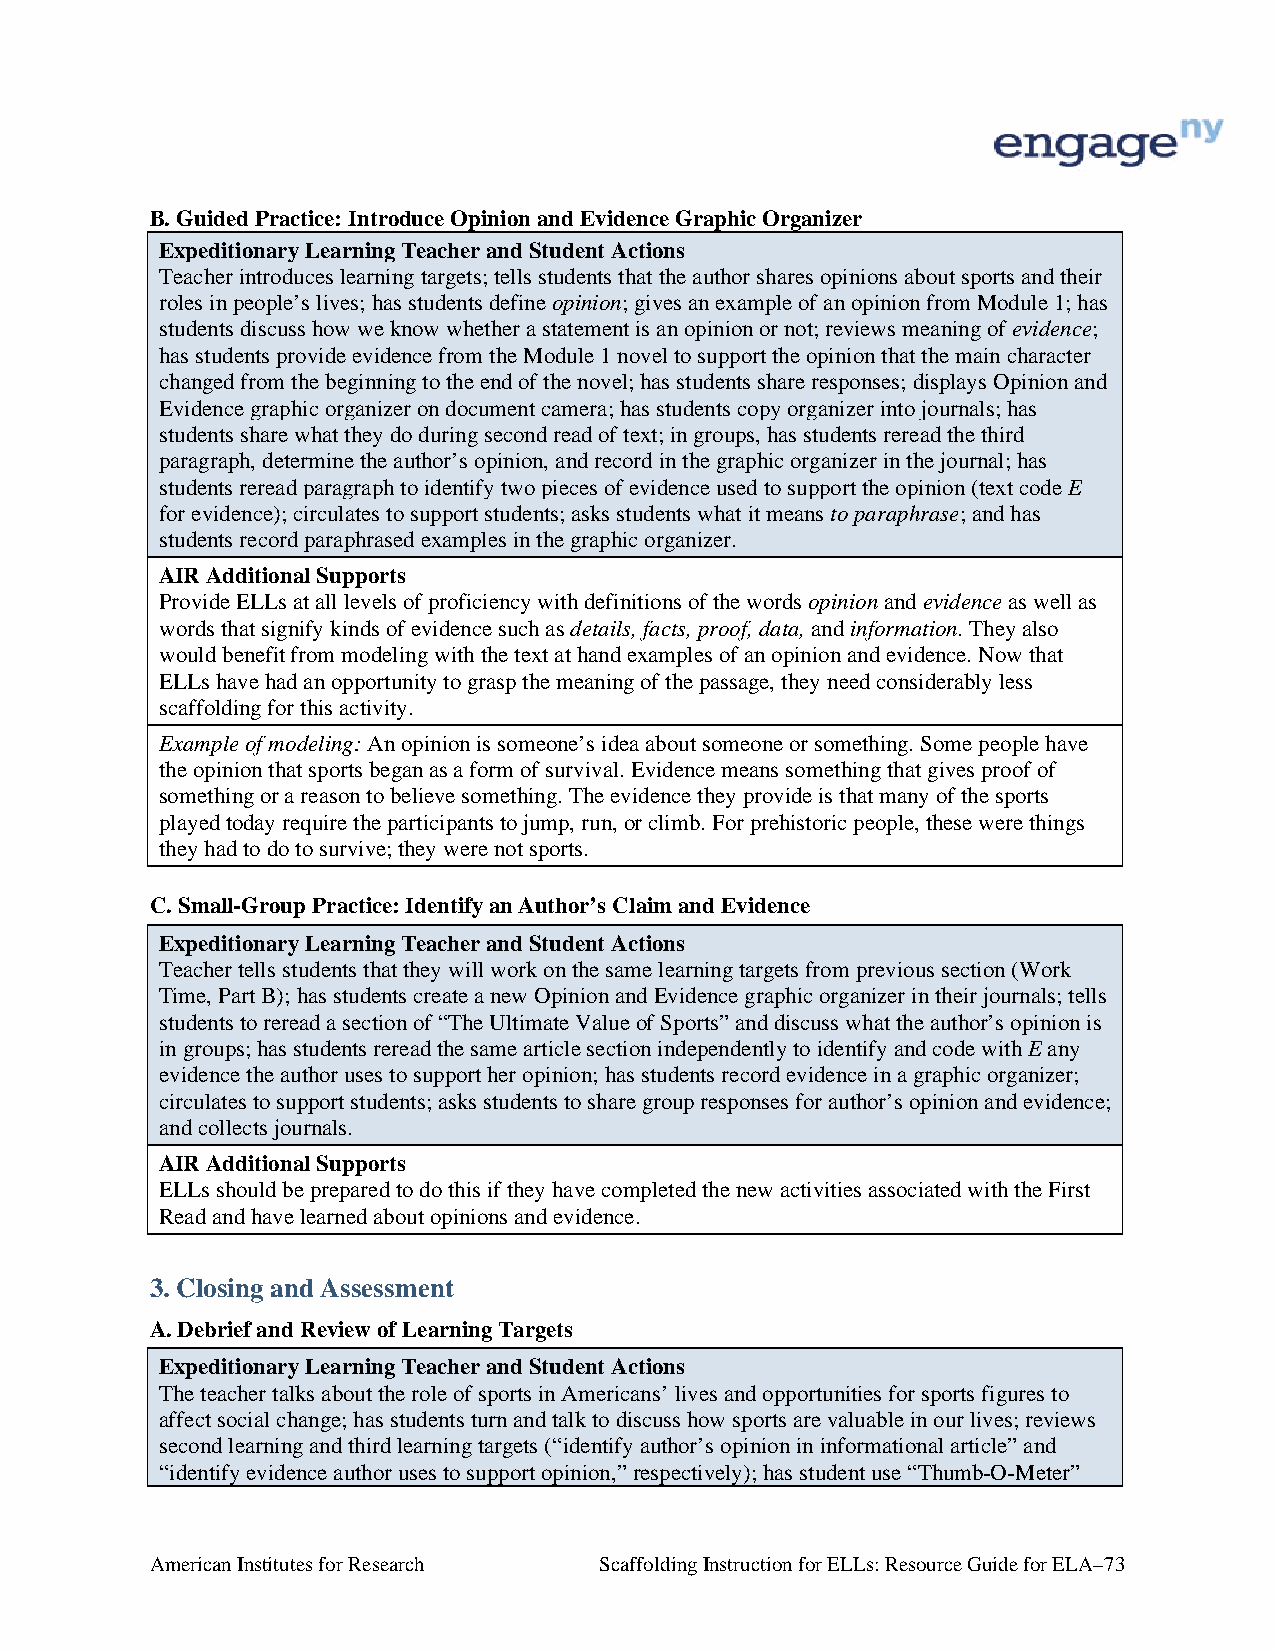
B. Guided Practice: Introduce Opinion and Evidence Graphic Organizer
 Expeditionary Learning Teacher and Student Actions
 Teacher introduces learning targets; tells students that the author shares opinions about sports and their
 roles in people’s lives; has students define opinion; gives an example of an opinion from Module 1; has
 students discuss how we know whether a statement is an opinion or not; reviews meaning of evidence;
 has students provide evidence from the Module 1 novel to support the opinion that the main character
 changed from the beginning to the end of the novel; has students share responses; displays Opinion and
 Evidence graphic organizer on document camera; has students copy organizer into journals; has
 students share what they do during second read of text; in groups, has students reread the third
 paragraph, determine the author’s opinion, and record in the graphic organizer in the journal; has
 students reread paragraph to identify two pieces of evidence used to support the opinion (text code E
 for evidence); circulates to support students; asks students what it means to paraphrase; and has
 students record paraphrased examples in the graphic organizer.
 AIR Additional Supports
 Provide ELLs at all levels of proficiency with definitions of the words opinion and evidence as well as
 words that signify kinds of evidence such as details, facts, proof, data, and information. They also
 would benefit from modeling with the text at hand examples of an opinion and evidence. Now that
 ELLs have had an opportunity to grasp the meaning of the passage, they need considerably less
 scaffolding for this activity.
 Example of modeling: An opinion is someone’s idea about someone or something. Some people have
 the opinion that sports began as a form of survival. Evidence means something that gives proof of
 something or a reason to believe something. The evidence they provide is that many of the sports
 played today require the participants to jump, run, or climb. For prehistoric people, these were things
 they had to do to survive; they were not sports.
 C. Small-Group Practice: Identify an Author’s Claim and Evidence
 Expeditionary Learning Teacher and Student Actions
 Teacher tells students that they will work on the same learning targets from previous section (Work
 Time, Part B); has students create a new Opinion and Evidence graphic organizer in their journals; tells
 students to reread a section of “The Ultimate Value of Sports” and discuss what the author’s opinion is
 in groups; has students reread the same article section independently to identify and code with E any
 evidence the author uses to support her opinion; has students record evidence in a graphic organizer;
 circulates to support students; asks students to share group responses for author’s opinion and evidence;
 and collects journals.
 AIR Additional Supports
 ELLs should be prepared to do this if they have completed the new activities associated with the First
 Read and have learned about opinions and evidence.
 3. Closing and Assessment
 A. Debrief and Review of Learning Targets
 Expeditionary Learning Teacher and Student Actions
 The teacher talks about the role of sports in Americans’ lives and opportunities for sports figures to
 affect social change; has students turn and talk to discuss how sports are valuable in our lives; reviews
 second learning and third learning targets (“identify author’s opinion in informational article” and
 “identify evidence author uses to support opinion,” respectively); has student use “Thumb-O-Meter”
 American Institutes for Research Scaffolding Instruction for ELLs: Resource Guide for ELA–73